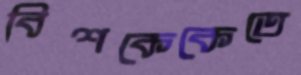
বিশকেকেতে